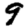
Digit: 9